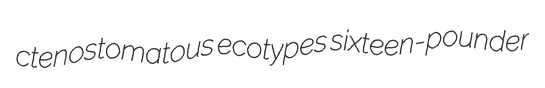
ctenostomatous ecotypes sixteen-pounder